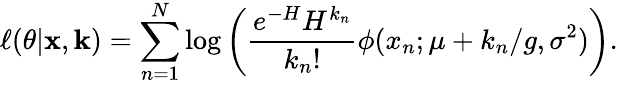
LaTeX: \ell(\theta|\mathbf x,\mathbf k)=\sum_{n=1}^{N}\log\left(\frac{e^{-H}H^{k_{n}}}{k_{n}!}\phi(x_{n};\mu+k_{n}/g,\sigma^{2})\right).